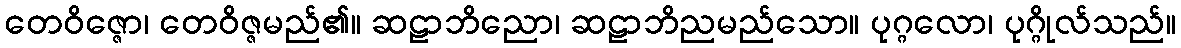
တေဝိဇ္ဇော၊ တေဝိဇ္ဇမည်၏။ ဆဠာဘိညော၊ ဆဠာဘိညမည်သော။ ပုဂ္ဂလော၊ ပုဂ္ဂိုလ်သည်။